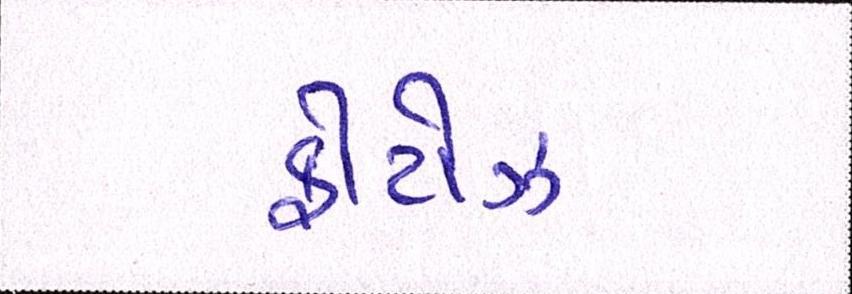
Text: ફોટોઝ